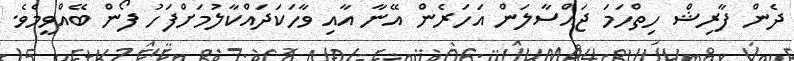
ދެން ފާރިޝް ހިތްހަމަ ޖައްސާލަން އަހަރެން އޭނާ އާއި ވާހަކަދައްކާލުމަށްފަހު ފޯން ބޭއްވީމެވެ.